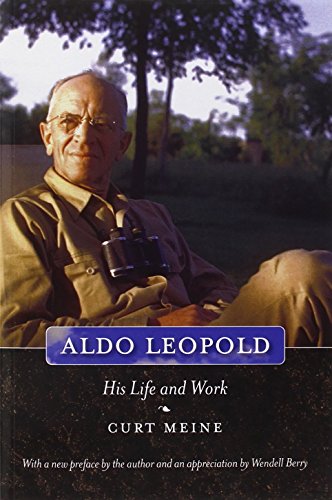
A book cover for Aldo Leopold: His Life and Work; Curt D. Meine; Biographies & Memoirs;